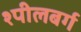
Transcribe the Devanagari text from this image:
श्पीलबर्ग